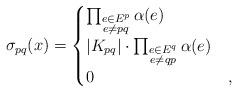
LaTeX: \begin{align*}\sigma_{pq}(x)=\begin{cases}\prod_{\substack{e\in E^p\\ e\neq pq\\}}\alpha(e) & \\\left|K_{pq}\right|\cdot\prod_{\substack{e\in E^q\\ e\neq qp\\}}\alpha(e) & \\0 & ,\\\end{cases}\end{align*}